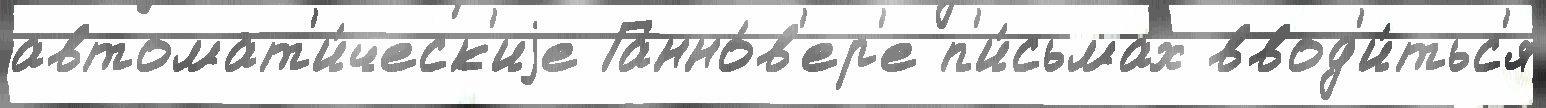
автомат'и́ческ'иjе Ганно́в'ер'е п'и́сьмах ввод'и́тьс'я